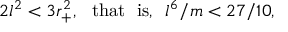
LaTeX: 2 l ^ { 2 } < 3 r _ { + } ^ { 2 } , \ \ \mathrm { t h a t \ \ i s , } \ \ l ^ { 6 } / m < 2 7 / 1 0 ,